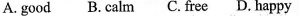
A.good B.calm C.free D. happy